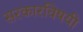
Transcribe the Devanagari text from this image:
सरकारविषयी